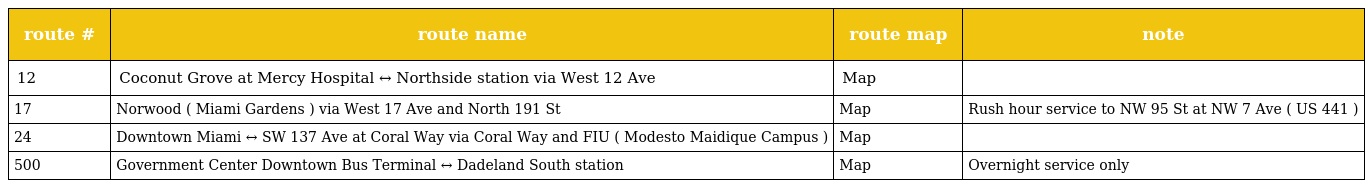
| route # | route name | route map | note |
 | --- | --- | --- | --- |
 | 12 | Coconut Grove at Mercy Hospital ↔ Northside station via West 12 Ave | Map |  |
 | 17 | Norwood ( Miami Gardens ) via West 17 Ave and North 191 St | Map | Rush hour service to NW 95 St at NW 7 Ave ( US 441 ) |
 | 24 | Downtown Miami ↔ SW 137 Ave at Coral Way via Coral Way and FIU ( Modesto Maidique Campus ) | Map |  |
 | 500 | Government Center Downtown Bus Terminal ↔ Dadeland South station | Map | Overnight service only |